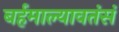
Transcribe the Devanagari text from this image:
बर्हमाल्यावतंसं